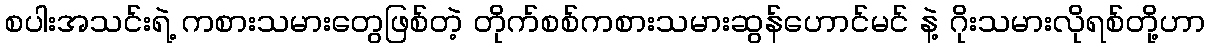
စပါးအသင်းရဲ့ ကစားသမားတွေဖြစ်တဲ့ တိုက်စစ်ကစားသမားဆွန်ဟောင်မင် နဲ့ ဂိုးသမားလိုရစ်တို့ဟာ